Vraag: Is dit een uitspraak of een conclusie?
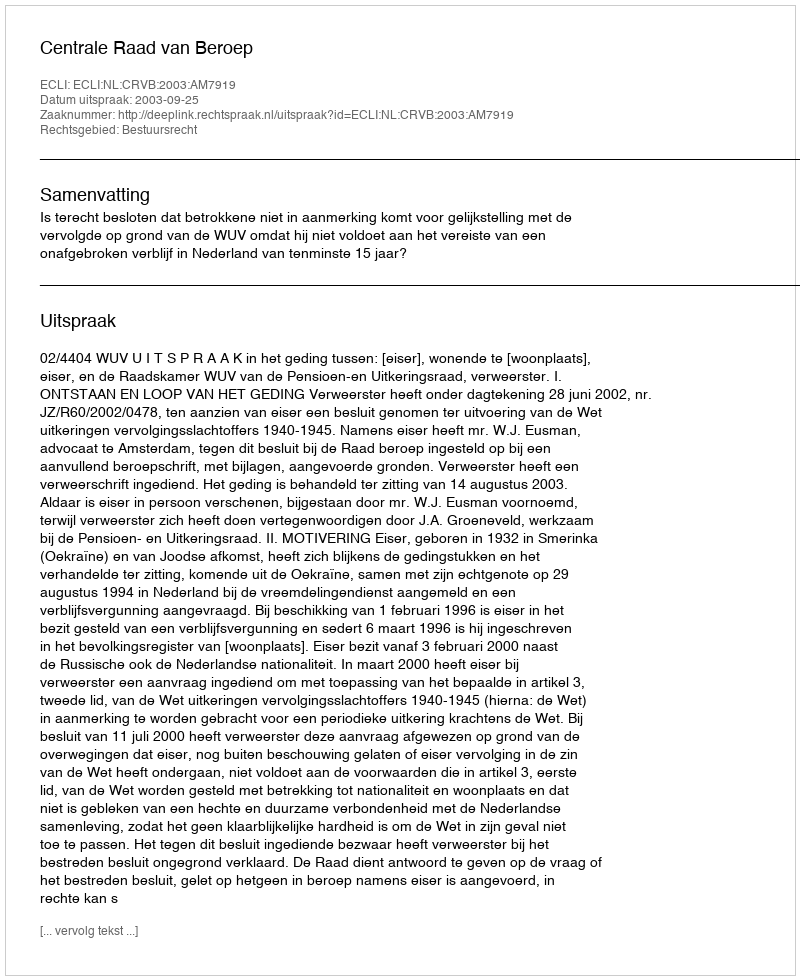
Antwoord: Uitspraak